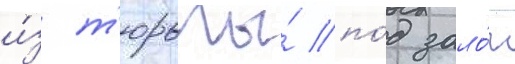
и́з т'юрьмы́ по́д зало́г